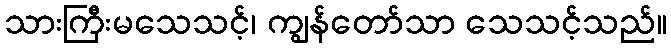
သားကြီးမသေသင့်၊ ကျွန်တော်သာ သေသင့်သည်။